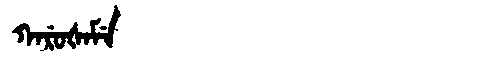
Manchu: ᡴᠠᡵᡠᡧᠠᠮᡝ
Romanization: KARUŠAME